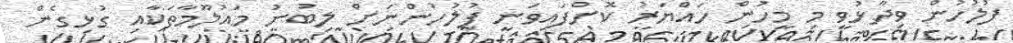
ފުލުހުން ވިދާޅުވީ މި މީހުން ހައްޔަރު ކޮށްފައިވަނީ ފުލުހުންނަށް ލިބުނު މައުލޫމާތަކާއި ގުޅިގެން